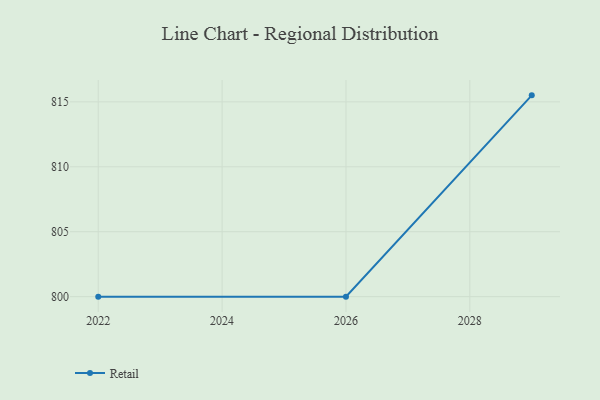
{"axis": {"x": "Year", "y": "Page Views"}, "legend": ["Retail"], "data": [{"x": "2029", "y": 815.5, "type": "Retail"}, {"x": "2026", "y": 800, "type": "Retail"}, {"x": "2022", "y": 800, "type": "Retail"}]}